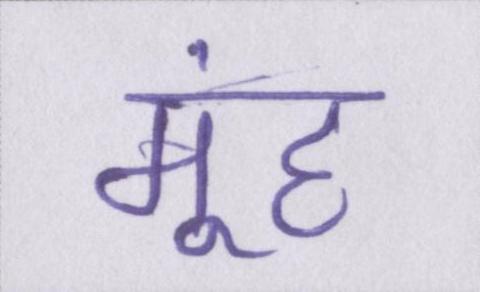
मूंह